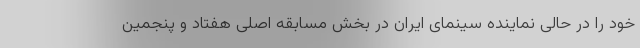
خود را در حالی نماینده سینمای ایران در بخش مسابقه اصلی هفتاد و پنجمین